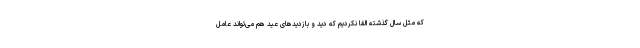
که مثل سال گذشته القا نکردیم که دید و بازدیدهای عید هم می‌تواند عامل